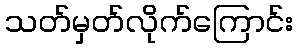
သတ်မှတ်လိုက်ကြောင်း